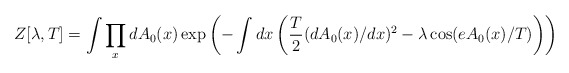
\begin{align*}Z[\lambda,T]=\int \prod_x dA_0(x)\exp\left(-\int dx\left(\frac{T}{2} (dA_0(x)/dx)^2-\lambda\cos (eA_0(x)/T) \right)\right)\end{align*}